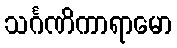
သင်္ဂဏိကာရာမော